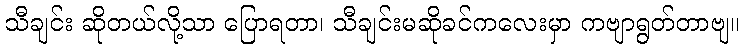
သီချင်း ဆိုတယ်လို့သာ ပြောရတာ၊ သီချင်းမဆိုခင်ကလေးမှာ ကဗျာရွတ်တာဗျ။